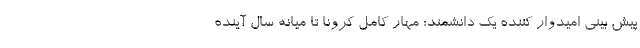
پیش بینی امیدوار کننده یک دانشمند: مهار کامل کرونا تا میانه سال آینده